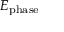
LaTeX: E _ { \mathrm { p h a s e } }